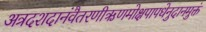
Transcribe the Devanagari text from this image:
अत्रदशदानंवैतरणीऋणमोक्षपापधेनुदानमुक्तं